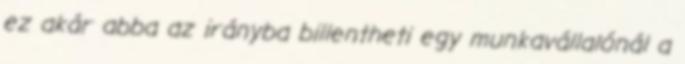
ez akár abba az irányba billentheti egy munkavállalónál a